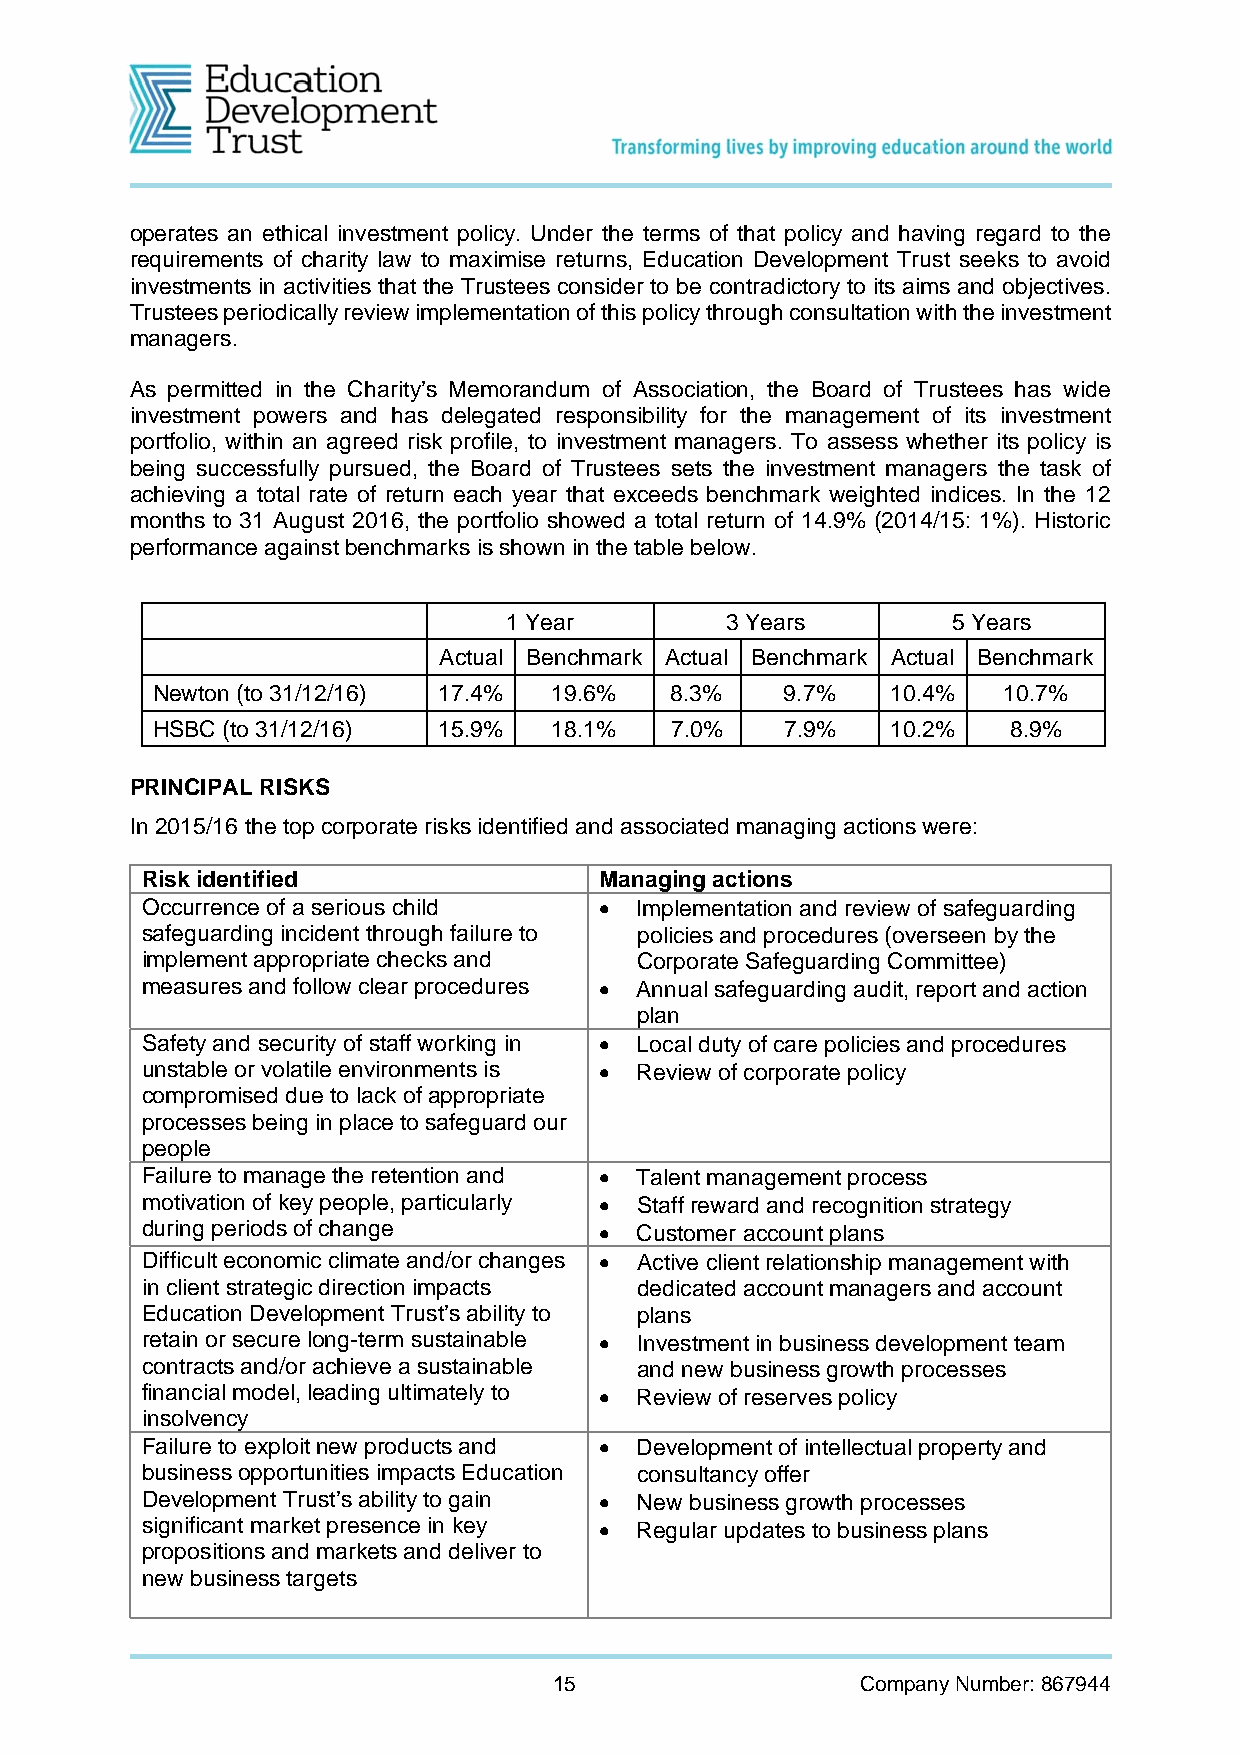
operates an ethical investment policy. Under the terms of that policy and having regard to the
 requirements of charity law to maximise returns, Education Development Trust seeks to avoid
 investments in activities that the Trustees consider to be contradictory to its aims and objectives.
 Trustees periodically review implementation of this policy through consultation with the investment
 managers.
 As permitted in the Charity’s Memorandum of Association, the Board of Trustees has wide
 investment powers and has delegated responsibility for the management of its investment
 portfolio, within an agreed risk profile, to investment managers. To assess whether its policy is
 being successfully pursued, the Board of Trustees sets the investment managers the task of
 achieving a total rate of return each year that exceeds benchmark weighted indices. In the 12
 months to 31 August 2016, the portfolio showed a total return of 14.9% (2014/15: 1%). Historic
 performance against benchmarks is shown in the table below.
 1 Year        3 Years        5 Years
 Actual Benchmark Actual Benchmark Actual Benchmark
 Newton (to 31/12/16) 17.4% 19.6%  8.3%    9.7%   10.4%  10.7%
 HSBC (to 31/12/16) 15.9%   18.1%  7.0%    7.9%   10.2%   8.9%
 PRINCIPAL RISKS
 In 2015/16 the top corporate risks identified and associated managing actions were:
 Risk identified                Managing actions
 Occurrence of a serious child   Implementation and review of safeguarding
 safeguarding incident through failure to policies and procedures (overseen by the
 implement appropriate checks and Corporate Safeguarding Committee)
 measures and follow clear procedures  Annual safeguarding audit, report and action
 plan
 Safety and security of staff working in  Local duty of care policies and procedures
 unstable or volatile environments is  Review of corporate policy
 compromised due to lack of appropriate
 processes being in place to safeguard our
 people
 Failure to manage the retention and  Talent management process
 motivation of key people, particularly  Staff reward and recognition strategy
 during periods of change        Customer account plans
 Difficult economic climate and/or changes  Active client relationship management with
 in client strategic direction impacts dedicated account managers and account
 Education Development Trust’s ability to plans
 retain or secure long-term sustainable  Investment in business development team
 contracts and/or achieve a sustainable and new business growth processes
 financial model, leading ultimately to  Review of reserves policy
 insolvency
 Failure to exploit new products and  Development of intellectual property and
 business opportunities impacts Education consultancy offer
 Development Trust’s ability to gain  New business growth processes
 significant market presence in key  Regular updates to business plans
 propositions and markets and deliver to
 new business targets
 15                  Company Number: 867944